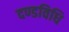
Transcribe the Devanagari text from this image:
दण्डविधि